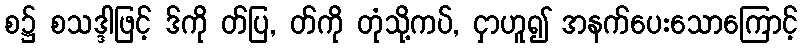
စ၌ စသဒ္ဒါဖြင့် ဒ်ကို တ်ပြ, တ်ကို တုံသို့ကပ်, ငှာဟူ၍ အနက်ပေးသောကြောင့်